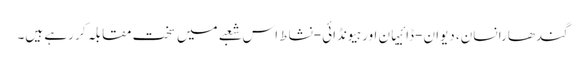
گندھارا نسان، دیوان-ڈائیہان اور ہیونڈائی-نشاط اس شعبے میں سخت مقابلہ کر رہے ہیں۔